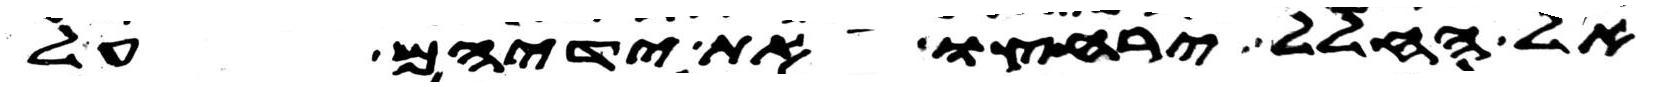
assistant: אל החלל ירחצו את ידיהם על